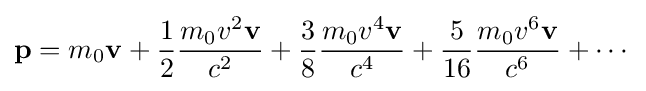
\mathbf {p} =m_{0}\mathbf {v} +{\frac {1}{2}}{\frac {m_{0}v^{2}\mathbf {v} }{c^{2}}}+{\frac {3}{8}}{\frac {m_{0}v^{4}\mathbf {v} }{c^{4}}}+{\frac {5}{16}}{\frac {m_{0}v^{6}\mathbf {v} }{c^{6}}}+\cdots